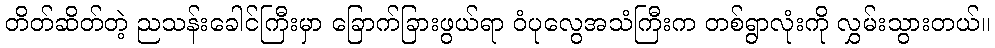
တိတ်ဆိတ်တဲ့ ညသန်းခေါင်ကြီးမှာ ခြောက်ခြားဖွယ်ရာ ဝံပုလွေအသံကြီးက တစ်ရွာလုံးကို လွှမ်းသွားတယ်။